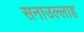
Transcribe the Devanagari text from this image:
सनाउल्‍लाह